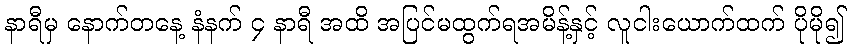
နာရီမှ နောက်တနေ့ နံနက် ၄ နာရီ အထိ အပြင်မထွက်ရအမိန့်နှင့် လူငါးယောက်ထက် ပိုမို၍